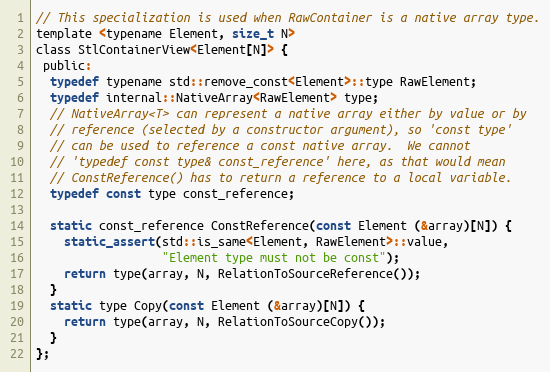
Language: C
// This specialization is used when RawContainer is a native array type.
template <typename Element, size_t N>
class StlContainerView<Element[N]> {
 public:
  typedef typename std::remove_const<Element>::type RawElement;
  typedef internal::NativeArray<RawElement> type;
  // NativeArray<T> can represent a native array either by value or by
  // reference (selected by a constructor argument), so 'const type'
  // can be used to reference a const native array.  We cannot
  // 'typedef const type& const_reference' here, as that would mean
  // ConstReference() has to return a reference to a local variable.
  typedef const type const_reference;

  static const_reference ConstReference(const Element (&array)[N]) {
    static_assert(std::is_same<Element, RawElement>::value,
                  "Element type must not be const");
    return type(array, N, RelationToSourceReference());
  }
  static type Copy(const Element (&array)[N]) {
    return type(array, N, RelationToSourceCopy());
  }
};